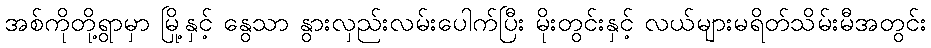
အစ်ကိုတို့ရွာမှာ မြို့နှင့် နွေသာ နွားလှည်းလမ်းပေါက်ပြီး မိုးတွင်းနှင့် လယ်များမရိတ်သိမ်းမီအတွင်း